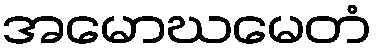
အမောဃမေတံ